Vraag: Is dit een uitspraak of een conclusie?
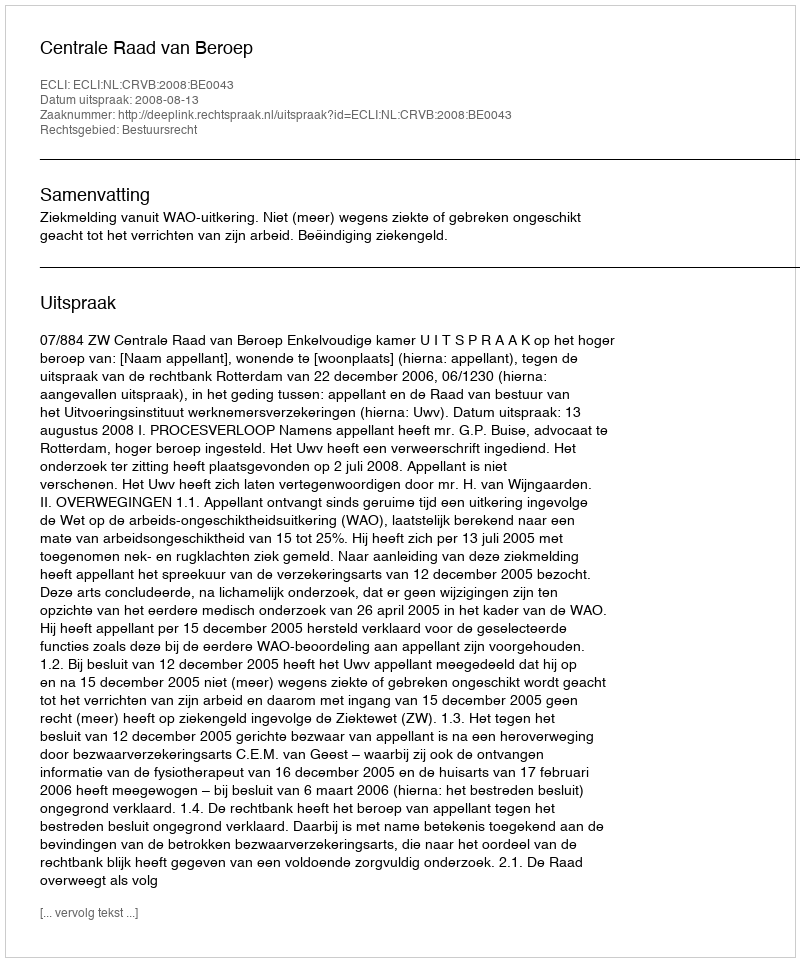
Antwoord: Uitspraak